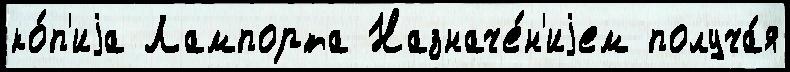
ко́п'иjа Лампорта Назначе́н'иjем получа́я